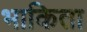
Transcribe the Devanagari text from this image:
भाकिता